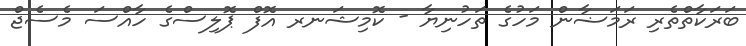
ބަރަކާތްތެރި ރަމަޟާން މަހުގެ ތަހުނިޔާ - ކޮމިޝަނރ އޮފް ޕޮލިސްގެ ހާއްސަ މެސެޖް